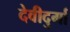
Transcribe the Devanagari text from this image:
देवीदुर्गा